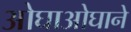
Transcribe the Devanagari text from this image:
ओघाओघाने